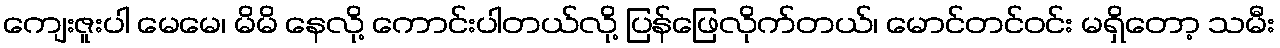
ကျေးဇူးပါ မေမေ၊ မိမိ နေလို့ ကောင်းပါတယ်လို့ ပြန်ဖြေလိုက်တယ်၊ မောင်တင်ဝင်း မရှိတော့ သမီး